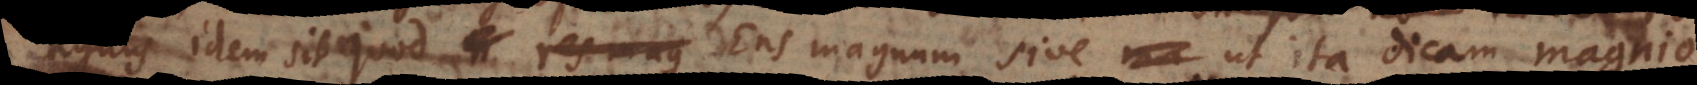
magnus idem sit quod res mag Ens magnum sive ut ita dicam magnio,